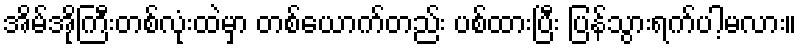
အိမ်အိုကြီးတစ်လုံးထဲမှာ တစ်ယောက်တည်း ပစ်ထားပြီး ပြန်သွားရက်ပါ့မလား။